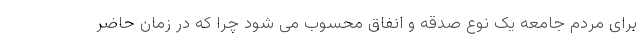
برای مردم جامعه یک نوع صدقه و انفاق محسوب می شود چرا که در زمان حاضر